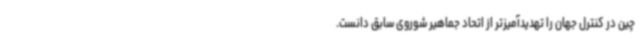
چین در کنترل جهان را تهدیدآمیزتر از اتحاد جماهیر شوروی سابق دانست.